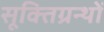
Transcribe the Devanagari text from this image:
सूक्तिग्रन्थों